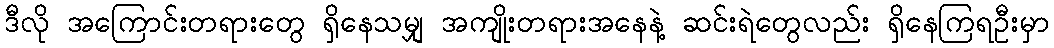
ဒီလို အကြောင်းတရားတွေ ရှိနေသမျှ အကျိုးတရားအနေနဲ့ ဆင်းရဲတွေလည်း ရှိနေကြရဦးမှာ